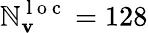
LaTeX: \mathbb{N}_{\mathbf{{v}}}^{\mathrm{{~l~o~c~}}}=128